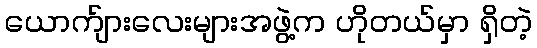
ယောက်ျားလေးများအဖွဲ့က ဟိုတယ်မှာ ရှိတဲ့